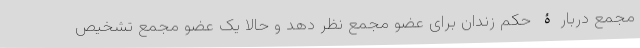
مجمع دربارۀ حکم زندان برای عضو مجمع نظر دهد و حالا یک عضو مجمع تشخیص